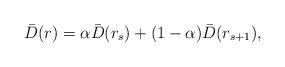
LaTeX: \begin{align*}\bar{D}(r) = \alpha \bar{D}(r_s)+(1-\alpha) \bar{D}(r_{s+1}), \end{align*}